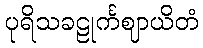
ပုရိသခဠုင်္ကဈာယိတံ